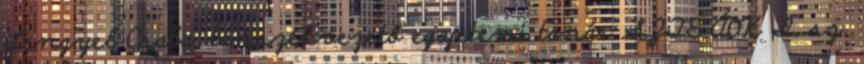
Lengyel Csaba, tanszékvezető egyetemi tanár SZTE ÁOK I. sz.